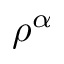
\rho ^ { \alpha }